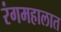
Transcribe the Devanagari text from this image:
रंगमहालात